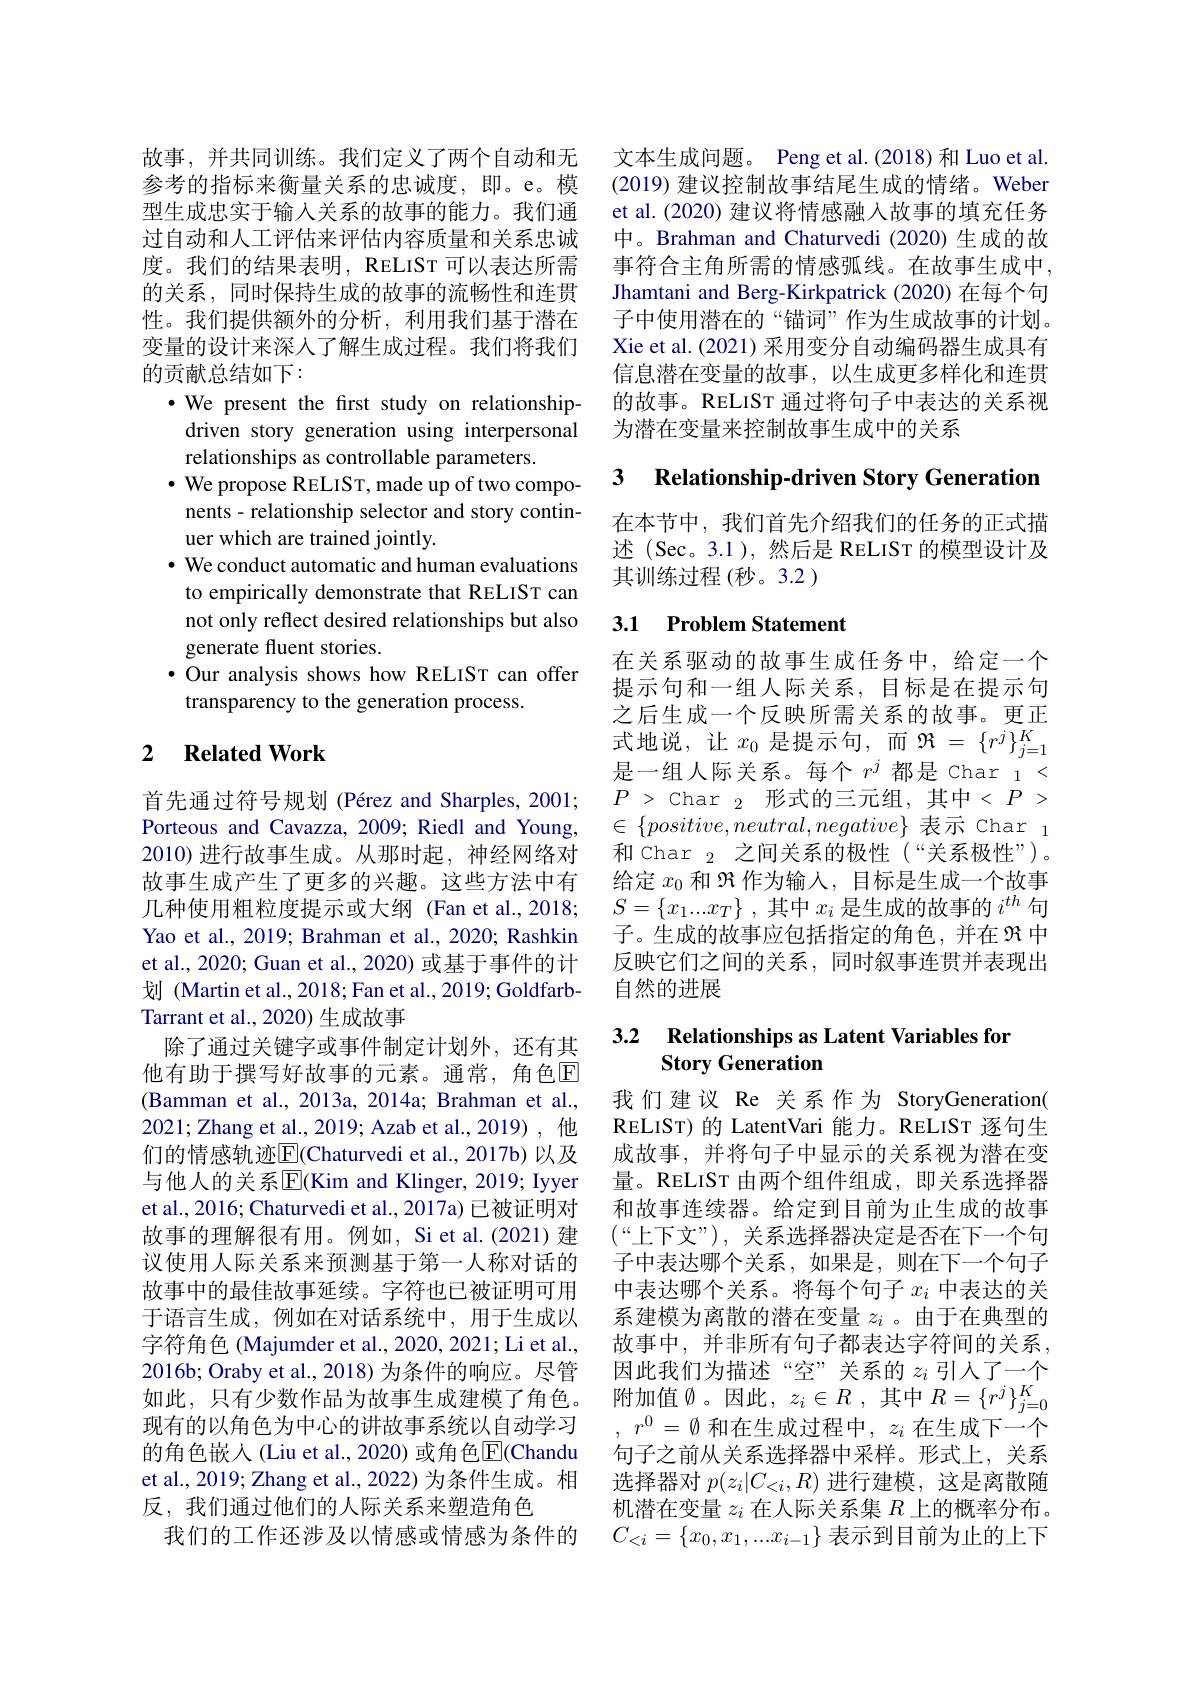
故事，并共同训练。我们定义了两个自动和无参考的指标来衡量关系的忠诚度，即。e。模型生成忠实于输入关系的故事的能力。我们通过自动和人工评估来评估内容质量和关系忠诚度。我们的结果表明，RELIST 可以表达所需的关系，同时保持生成的故事的流畅性和连贯性。我们提供额外的分析，利用我们基于潜在变量的设计来深入了解生成过程。我们将我们的贡献总结如下：
$\cdot$ We present the first study on relationshipdriven story generation using interpersonal relationships as controllable parameters.
$\cdot$ We propose RELIST, made up of two compo-
nents - relationship selector and story contin-
uer which are trained jointly.
$\cdot$ We conduct automatic and human evaluations to empirically demonstrate that RELIST can not only reflect desired relationships but also generate fluent stories.
$\bullet$ Our analysis shows how RELIST can offer
transparency to the generation process.

## 2 $\textbf{Related Work}$

首先通过符号规划 (Pérez and Sharples, 2001; Porteous and Cavazza, 2009; Riedl and Young, 2010)进行故事生成。从那时起，神经网络对故事生成产生了更多的兴趣。这些方法中有几种使用粗粒度提示或大纲 (Fan et al.,2018; Yao et al., 2019; Brahman et al., 2020; Rashkin et al., 2020; Guan et al., 2020) 或基于事件的计划 (Martin et al., 2018; Fan et al., 2019; GoldfarbTarrant et al., 2020) 生成故事
除了通过关键字或事件制定计划外，还有其他有助于撰写好故事的元素。通常，角色$\mathbb{E}$ (Bamman et al.,2013a, 2014a; Brahman et al., 2021;Zhang et al., 2019; Azab et al., 2019), 他们的情感轨迹$\boxed{\mathrm{F}}($Chaturvedi et al., 2017b)以及与他人的关系$\overline{\mathrm{E}}($Kim and Klinger, 2019; Iyyer et al., 2016; Chaturvedi et al., 2017a) 已被证明对故事的理解很有用。例如，Si et al.(2021) 建议使用人际关系来预测基于第一人称对话的故事中的最佳故事延续。字符也已被证明可用于语言生成，例如在对话系统中，用于生成以字符角色 (Majumder et al., 2020, 2021; Li et al., 2016b; Oraby et al., 2018) 为条件的响应。尽管如此，只有少数作品为故事生成建模了角色。现有的以角色为中心的讲故事系统以自动学习的角色嵌入(Liu et al., 2020) 或角色$\overline{\mathrm{E}}$(Chandu et al., 2019; Zhang et al., 2022) 为条件生成。相反，我们通过他们的人际关系来塑造角色
我们的工作还涉及以情感或情感为条件的

文本生成问题。Peng et al.(2018) 和 Luo et al. (2019) 建议控制故事结尾生成的情绪。Weber et al.(2020) 建议将情感融入故事的填充任务中。Brahman and Chaturvedi (2020)生成的故事符合主角所需的情感弧线。在故事生成中， Jhamtani and Berg-Kirkpatrick (2020) 在每个句子中使用潜在的“锚词”作为生成故事的计划。Xie et al.(2021) 采用变分自动编码器生成具有信息潜在变量的故事，以生成更多样化和连贯的故事。RELIST 通过将句子中表达的关系视为潜在变量来控制故事生成中的关系

## 3 Relationship-driven Story Generatior

在本节中，我们首先介绍我们的任务的正式描述 (Sec。3.1 ),然后是 RELIST 的模型设计及其训练过程(秒。3.2 )

## 3.1 Problem Statement

在关系驱动的故事生成任务中，给定一个提示句和一组人际关系，目标是在提示句之后生成一个反映所需关系的故事。更正式地说，让$x_0$是提示句，而$\Re=\{r^j\}_j=1^K$ 是一组人际关系。每个$r^j$都是 Char 1 < $P$ > Char$\:_{2}$ 形式的三元组，其中< $P$ > $\in\{positive,neutral,negative\}$表示 Char$_1$ 和 Char $_2$之间关系的极性(“关系极性”)。给定$x_0$和$\Re$作为输入，目标是生成一个故事$S=\{x_1...x_T\}~,~$其中 $x_i~$是生成的故事的 $i^th~$句子。生成的故事应包括指定的角色，并在$\mathfrak{R}$中反映它们之间的关系，同时叙事连贯并表现出自然的进展

### 3.2 Relationships as Latent Variables for Story Generation

我们建议 Re 关系作为 StoryGeneration( RELIST) 的 LatentVari 能力。RELIST 逐句生成故事，并将句子中显示的关系视为潜在变量。RELIST 由两个组件组成，即关系选择器和故事连续器。给定到目前为止生成的故事$(“$上下文”),关系选择器决定是否在下一个句子中表达哪个关系，如果是，则在下一个句子中表达哪个关系。将每个句子$x_i$中表达的关系建模为离散的潜在变量$z_i$ 。由于在典型的故事中，并非所有句子都表达字符间的关系， 因此我们为描述“空”关系的$z_i$引入了一个附加值$\emptyset$。因此$,z_i\in R$,其中$R=\{r^j\}_j=0^K$ $r^0=\emptyset$和在生成过程中，$z_i$在生成下一个句子之前从关系选择器中采样。形式上，关系选择器对$p(z_i|C_{<i},R)$进行建模，这是离散随机潜在变量$z_i$在人际关系集$R$上的概率分布。$C_{<i}=\{x_0,x_1,...x_{i-1}\}$表示到目前为止的上下